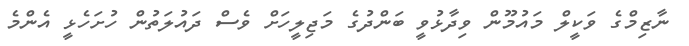
ނާޒިމްގެ ވަކީލް މައުމޫން ވިދާޅުވީ ބަންދުގެ މަޖިލީހަށް ވެސް ދައުލަތުން ހުށަހެޅީ އެންމެ